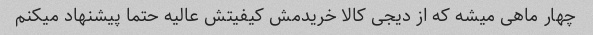
چهار ماهی میشه که از دیجی کالا خریدمش کیفیتش عالیه حتما پیشنهاد میکنم